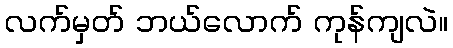
လက်မှတ် ဘယ်လောက် ကုန်ကျလဲ။